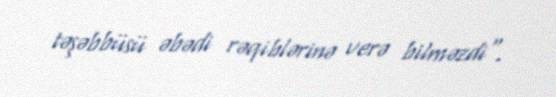
təşəbbüsü əbədi rəqiblərinə verə bilməzdi".